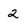
Character: 2